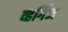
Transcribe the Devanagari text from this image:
व्हर्गिज